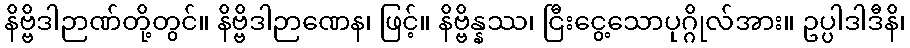
နိဗ္ဗိဒါဉာဏ်တို့တွင်။ နိဗ္ဗိဒါဉာဏေန၊ ဖြင့်။ နိဗ္ဗိန္နဿ၊ ငြီးငွေ့သောပုဂ္ဂိုလ်အား။ ဥပ္ပါဒါဒီနိ၊